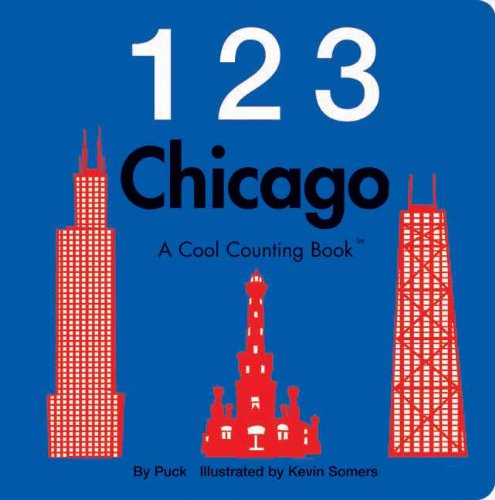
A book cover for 123 Chicago (Cool Counting Books); Puck; Travel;